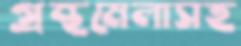
গ্রন্থমেলাসহ